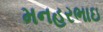
મનહરભાઇ